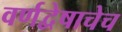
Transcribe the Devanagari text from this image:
वर्णद्वेषाचेच